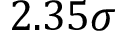
2 . 3 5 \sigma